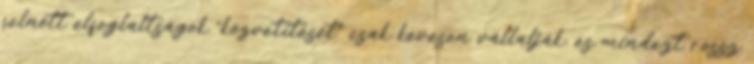
felnőtt elfoglaltságok “közvetítését” csak kevesen vállalják, és mindezt rossz